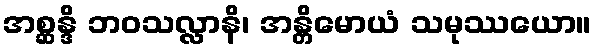
အစ္ဆန္ဒိ ဘဝသလ္လာနိ၊ အန္တိမောယံ သမုဿယော။